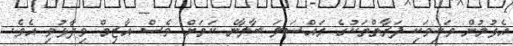
އެޅުމުން ވަކިވަކި ފަރާތްތަކުގެ މައްސަލަ ބާލާނެ ކަމަށް ވެސް އާޒިމް ވިދާޅުވި އެވެ.